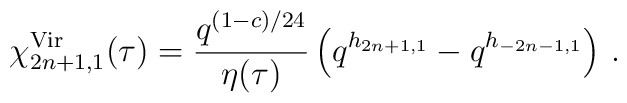
\chi^{{\rm Vir}}_{2n+1,1}(\tau) = \frac{q^{(1-c)/24}}{\eta(\tau)}\left(  q^{h_{2n+1,1}} - q^{h_{-2n-1,1}}\right)\,.